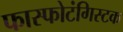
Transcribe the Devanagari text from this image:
फास्फोटंगिस्टक